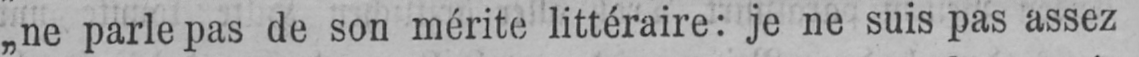
„ne parle pas de son mérite littéraire: je ne suis pas assez